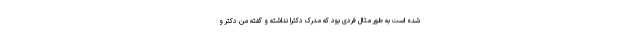
شده است به طور مثال فردی بود که مدرک دکترا نداشته و گفته من دکتر و